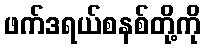
ဖက်ဒရယ်စနစ်တို့ကို